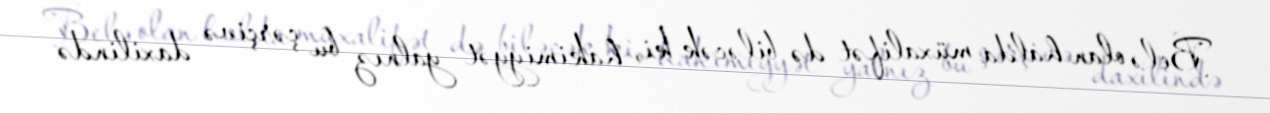
Belə olan halda müxalifət də biləcək ki, hakimiyyət yalnız bu çərçivə daxilində